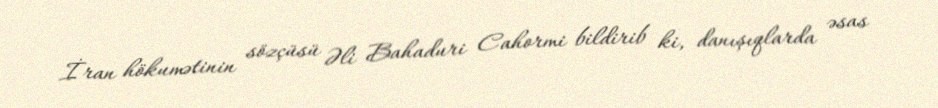
İran hökumətinin sözçüsü Əli Bahaduri Cahormi bildirib ki, danışıqlarda əsas